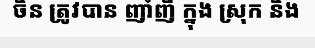
ចិន ត្រូវបាន ញាំញី ក្នុង ស្រុក និង